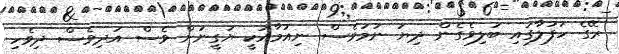
ރޭގެ ހަފުލާގައި ބަލިވެގެން ދިޔަ ނަމަވެސް ނިއުމާއަކީ ޔަގީނަށް ވެސް އަދިވެސް ދިވެހި